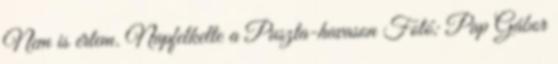
Nem is értem. Napfelkelte a Puszta-havason Fotó: Pap Gábor